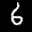
Label: 6